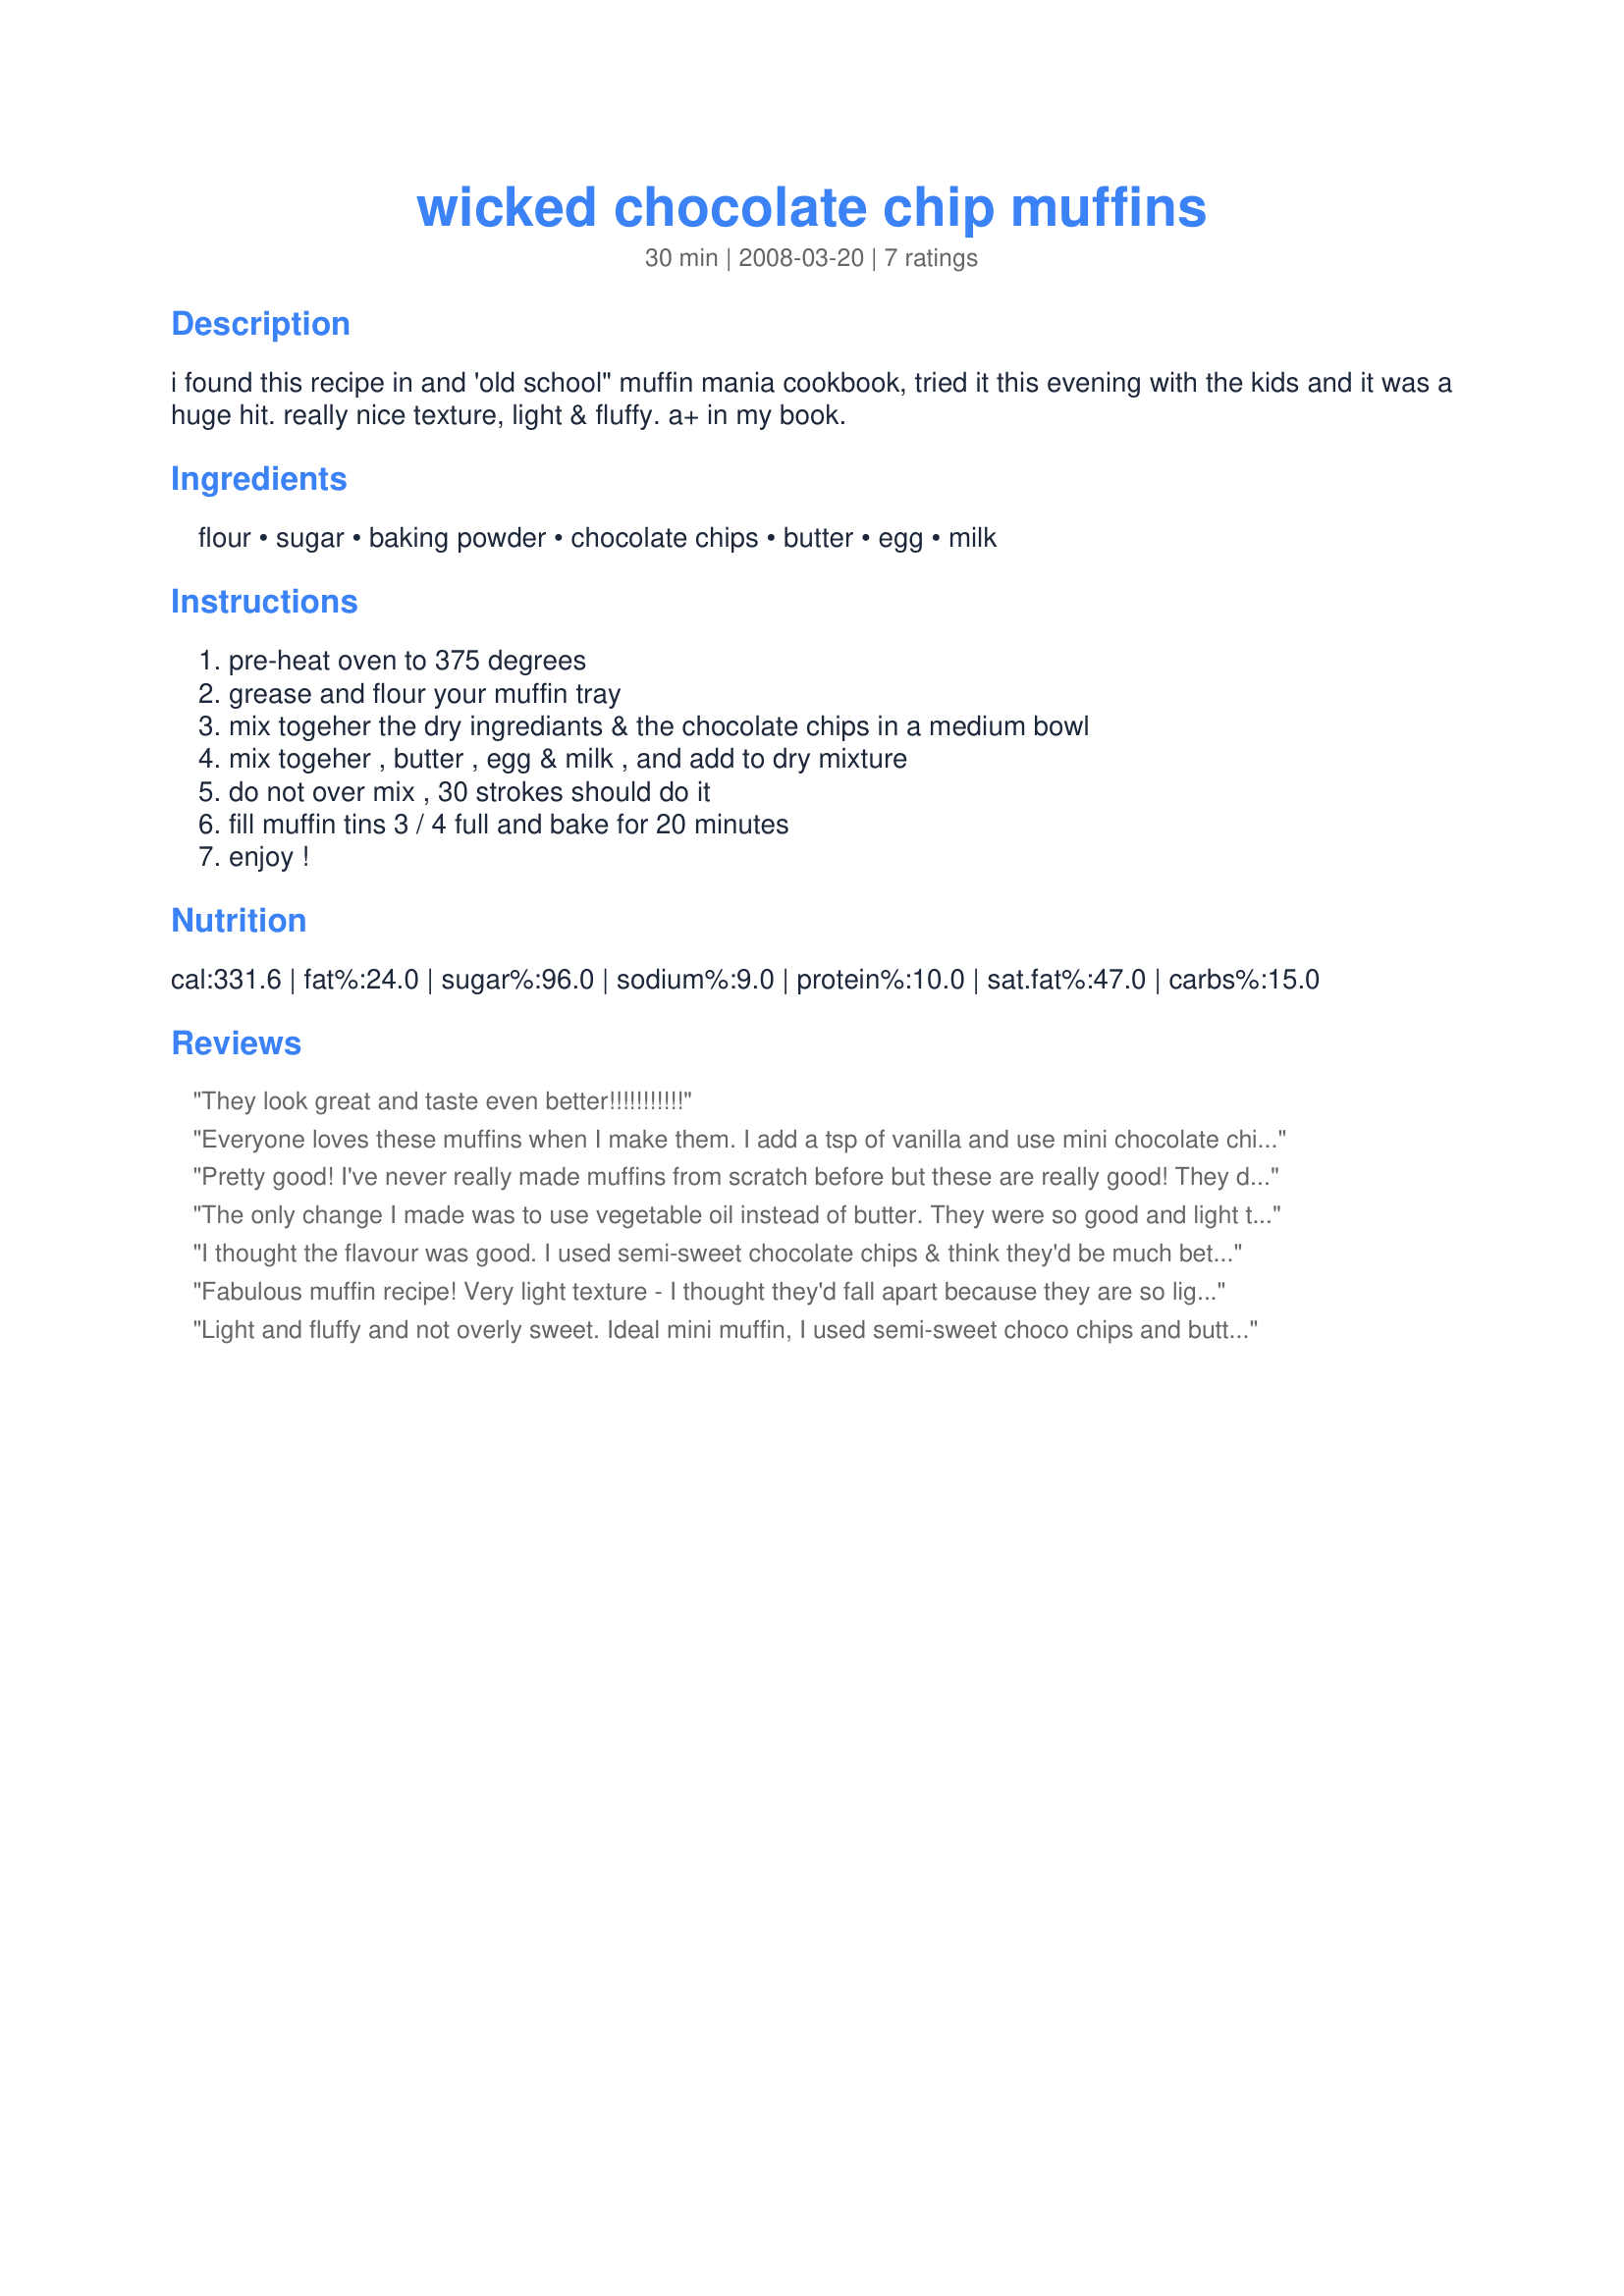
wicked chocolate chip muffins
Preparation time: 30 minutes

i found this recipe in and 'old school" muffin mania cookbook, tried it this evening with the kids and it was a huge hit. really nice texture, light & fluffy. a+ in my book.

Ingredients:
flour, sugar, baking powder, chocolate chips, butter, egg, milk

Steps:
pre-heat oven to 375 degrees, grease and flour your muffin tray, mix togeher the dry ingrediants & the chocolate chips in a medium bowl, mix togeher , butter , egg & milk , and add to dry mixture, do not over mix , 30 strokes should do it, fill muffin tins 3 / 4 full and bake for 20 minutes, enjoy !

Reviews:
They look great and taste even better!!!!!!!!!!!
Everyone loves these muffins when I make them. I add a tsp of vanilla and use mini chocolate chips - part milk chocolate and part semi-sweet. Very nice and fluffy texture. They never last long in my family!
Pretty good! I've never really made muffins from scratch before but these are really good! They domed up nicely just like bakery muffins. I used semi-sweet chocolate chips and it was super tasty. The Recipe made 11 Average to Jumbo muffins (I only had a jumbo pan but it fit average sized paper muffin cups nicely), and probably could have made an even 12 or a few more but I think I misjudged how I divided the batter. X3 The second batch came out a little smaller then the first. Still awesome though! I think I'll have to try this recipe with other flavor chips, like white chocolate or peanut butter, just to see! :o
The only change I made was to use vegetable oil instead of butter. They were so good and light texture. Thanks :) Made for I recommend tag game.
I thought the flavour was good. I used semi-sweet chocolate chips & think they'd be much better with milk chocolate chips. I think the miniature size chips would be best. I also made 8 whopper-size muffins instead of a dozen. I found they became very dense after the first 24 hours-not fluffy anymore; that's why only the 3 stars.
Fabulous muffin recipe! Very light texture - I thought they'd fall apart because they are so light but they don't! I received 15 muffins (using silicone muffin cups). Went to a meeting for an hour and came home to only 7 muffins (4 kids at 2 muffins each)! Before the night was over I was down to 5!! Big hit with the whole family! Tagged in Zaar Cookbook Tag Game May 2008.
Light and fluffy and not overly sweet. Ideal mini muffin, I used semi-sweet choco chips and butterscotch chips.
